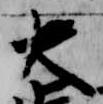
大